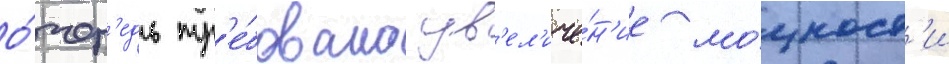
о́чер'едь тр'е́бовало ув'ел'иче́н'ие мо́щност'и